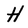
Character: H